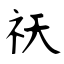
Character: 祆